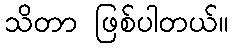
သိတာ ဖြစ်ပါတယ်။